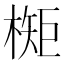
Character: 𬄃